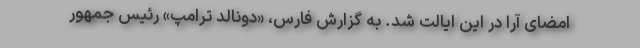
امضای آرا در این ایالت شد. به گزارش فارس، «دونالد ترامپ» رئیس جمهور